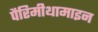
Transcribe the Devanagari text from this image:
पैरिमीथामाइन